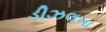
ડીઝલના